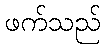
ဖက်သည်